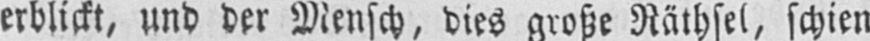
erblickt, und der Mensch, dies große Räthsel, schien